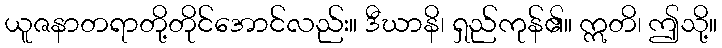
ယူဇနာတရာတို့တိုင်အောင်လည်း။ ဒီဃာနိ၊ ရှည်ကုန်၏။ ဣတိ၊ ဤသို့။